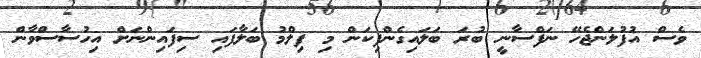
ވެސް އުފުލަންޖެހޭ ނަފްސާނީ ބުރަ ބަލައިގެންފިކަން މި ފިލްމު ބަލާފައި ސިފައިންނަށް އިހުސާސްވާން